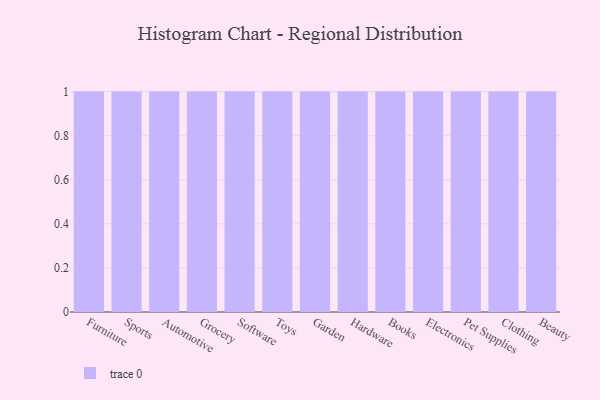
{"axis": {"x": "Category", "y": "LTV (USD)"}, "legend": [""], "data": [{"x": "Furniture", "y": 51, "type": ""}, {"x": "Sports", "y": 31, "type": ""}, {"x": "Automotive", "y": 36, "type": ""}, {"x": "Grocery", "y": 14, "type": ""}, {"x": "Software", "y": 21, "type": ""}, {"x": "Toys", "y": 80, "type": ""}, {"x": "Garden", "y": 6, "type": ""}, {"x": "Hardware", "y": 3, "type": ""}, {"x": "Books", "y": 39, "type": ""}, {"x": "Electronics", "y": 48, "type": ""}, {"x": "Pet Supplies", "y": 51, "type": ""}, {"x": "Clothing", "y": 39, "type": ""}, {"x": "Beauty", "y": 61, "type": ""}]}